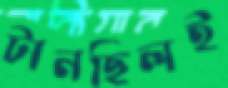
টানছিলই